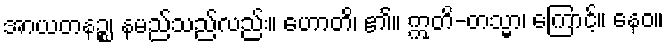
အာယတနဉ္စ၊ နမည်သည်လည်း။ ဟောတိ၊ ၏။ ဣတိ-တသ္မာ၊ ကြောင့်။ နေဝ။